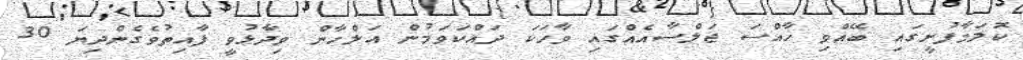
ކޮލަމާފުށީގައި ބޭއްވި ޚާއްސަ ޖަލްސާއެއްގައި ވާހަކަ ދައްކަވަމުން އަލްހާން ވިދާޅުވީ ފާއިތުވެގެންދިޔަ 30